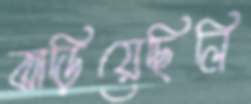
ঝাড়িয়েছিলি